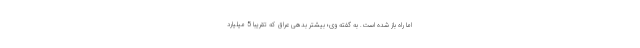
اما راه باز شده است. به گفته وی؛ بیشتر بدهی عراق که تقریبا 5 میلیارد